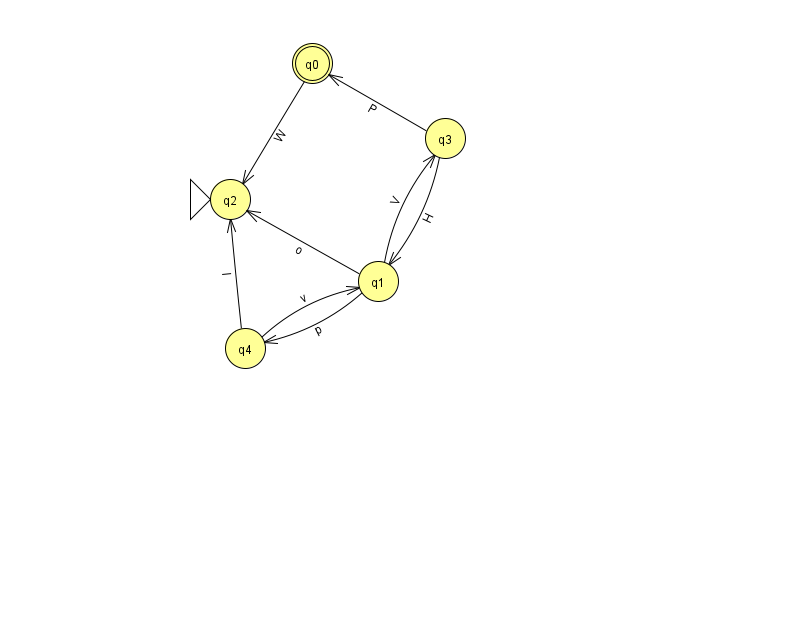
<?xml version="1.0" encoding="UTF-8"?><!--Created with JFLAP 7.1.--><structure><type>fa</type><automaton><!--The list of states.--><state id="0" name="q0"><x>312.0</x><y>50.0</y><final/></state><state id="1" name="q1"><x>378.0</x><y>268.0</y></state><state id="2" name="q2"><x>230.0</x><y>186.0</y><initial/></state><state id="3" name="q3"><x>445.0</x><y>125.0</y></state><state id="4" name="q4"><x>245.0</x><y>335.0</y></state><!--The list of transitions.--><transition><from>4</from><to>2</to><read>I</read></transition><transition><from>0</from><to>2</to><read>W</read></transition><transition><from>3</from><to>1</to><read>H</read></transition><transition><from>1</from><to>4</to><read>p</read></transition><transition><from>3</from><to>0</to><read>P</read></transition><transition><from>1</from><to>3</to><read>V</read></transition><transition><from>1</from><to>2</to><read>o</read></transition><transition><from>4</from><to>1</to><read>v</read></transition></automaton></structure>